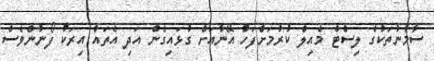
ސާމާނުތަކުގެ ލިސްޓް މެއިލް ކުރުމަށްފަހު އޭނާއަށް ގުޅައިގެން އަދި އެތައް އިރަކު ފޯނުންވެސް